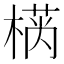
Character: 𱤂